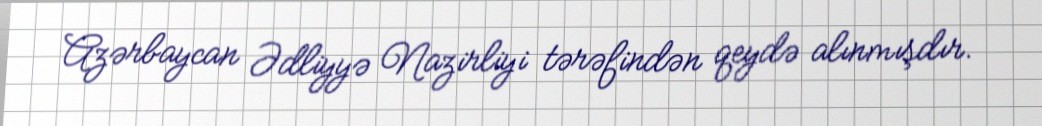
Azərbaycan Ədliyyə Nazirliyi tərəfindən qeydə alınmışdır.